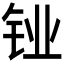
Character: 𬬼